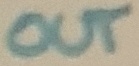
Text: OUT